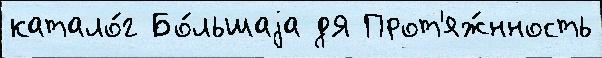
катало́г Бо́льшаjа дЯ Прот'яж́нность